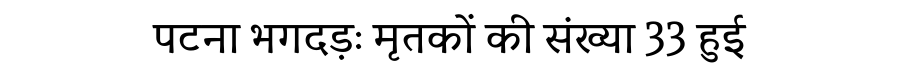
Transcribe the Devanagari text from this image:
पटना भगदड़ः मृतकों की संख्या 33 हुई